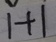
1 + 1